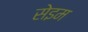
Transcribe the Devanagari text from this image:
सेइम